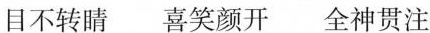
目不转睛 喜笑颜开 全神贯注